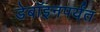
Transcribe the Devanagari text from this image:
डेबॉइनपर्यंत